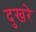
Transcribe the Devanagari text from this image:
दुखरे